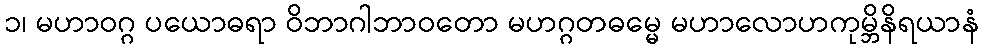
၁၊ မဟာဝဂ္ဂ ပယောဓရာ ဝိဘာဂါဘာဝတော မဟဂ္ဂတဓမ္မေ မဟာလောဟကုမ္ဘိနိရယာနံ